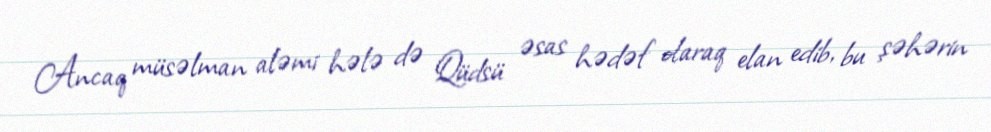
Ancaq müsəlman aləmi hələ də Qüdsü əsas hədəf olaraq elan edib, bu şəhərin